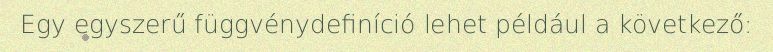
Egy egyszerű függvénydefiníció lehet például a következő: